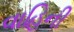
વાહિની